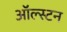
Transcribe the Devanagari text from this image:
ऑल्स्टन